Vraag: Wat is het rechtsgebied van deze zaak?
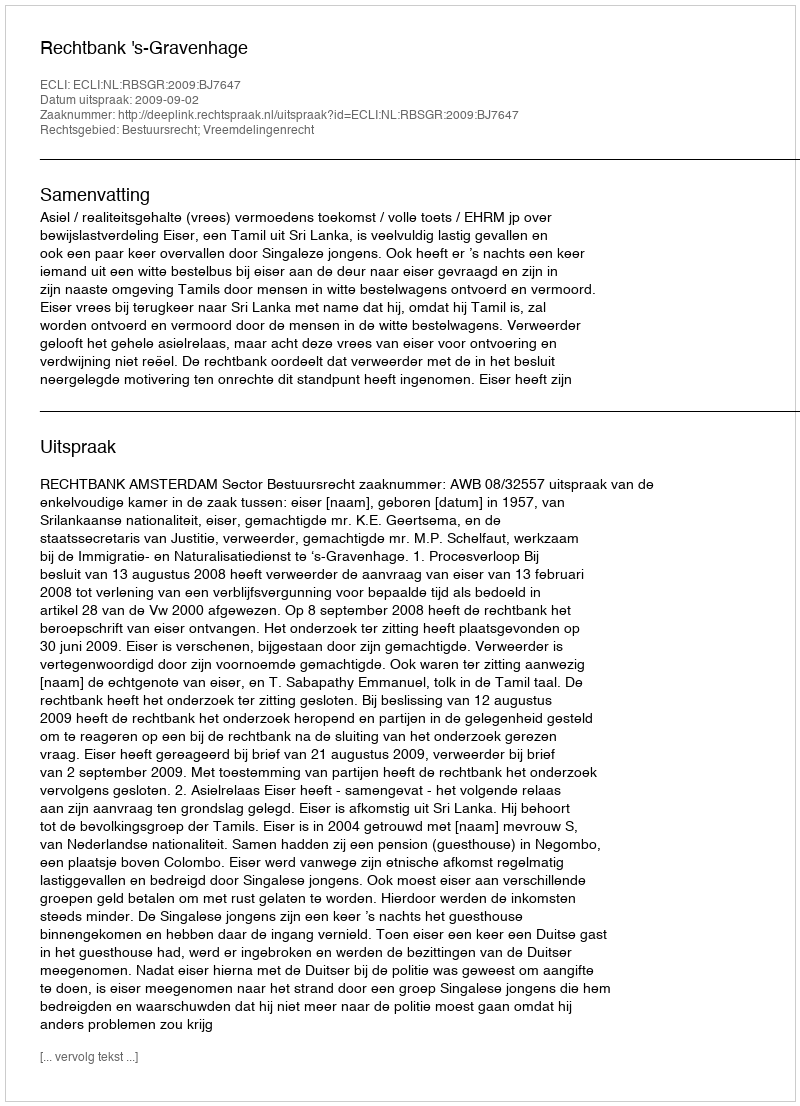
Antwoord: Bestuursrecht; Vreemdelingenrecht